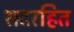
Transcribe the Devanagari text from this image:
सदरहित